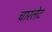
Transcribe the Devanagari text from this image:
चारलेट